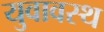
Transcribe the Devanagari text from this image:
युवावस्थ